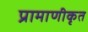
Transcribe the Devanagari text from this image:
प्रामाणीकृत